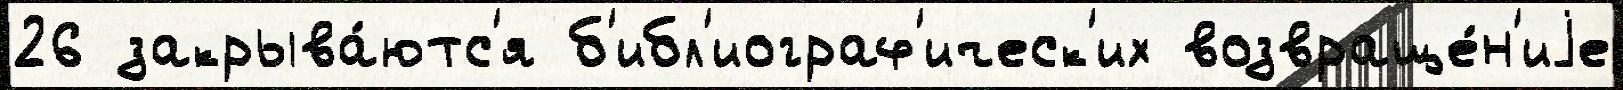
26 закрыва́ютс'я б'ибл'иограф'ическ'их возвраще́н'иjе